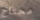
محتاج